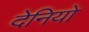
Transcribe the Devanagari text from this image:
देनियो